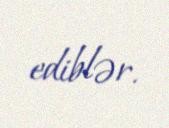
ediblər.